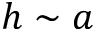
h \sim a